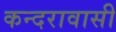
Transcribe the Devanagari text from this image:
कन्दरावासी